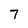
Character: 7